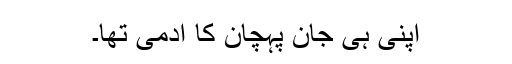
اپنی ہی جان پہچان کا آدمی تھا۔